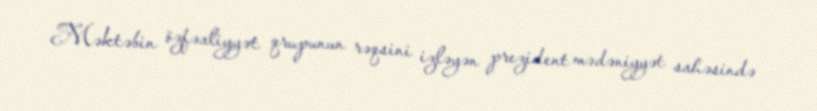
Məktəbin özfəaliyyət qrupunun rəqsini izləyən prezident mədəniyyət sahəsində